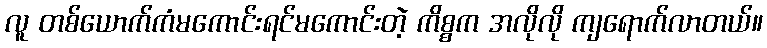
လူ တစ်ယောက်ကံမကောင်းရင်မကောင်းတဲ့ ကိစ္စက အလိုလို ကျရောက်လာတယ်။